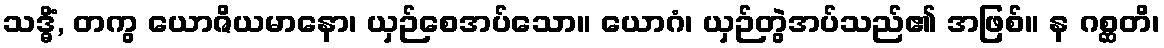
သဒ္ဓိံ, တကွ ယောဇိယမာနော၊ ယှဉ်စေအပ်သော။ ယောဂံ၊ ယှဉ်တွဲအပ်သည်၏ အဖြစ်။ န ဂစ္ဆတိ၊